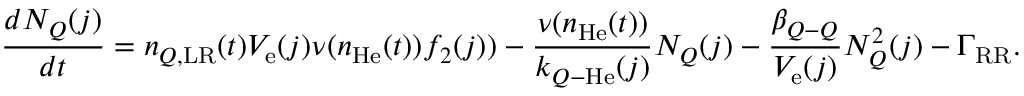
\frac { d N _ { Q } ( j ) } { d t } = n _ { Q , \mathrm { L R } } ( t ) V _ { \mathrm { e } } ( j ) \nu ( n _ { \mathrm { H e } } ( t ) ) f _ { 2 } ( j ) ) - \frac { \nu ( n _ { \mathrm { H e } } ( t ) ) } { k _ { Q \mathrm { - } \mathrm { H e } } ( j ) } N _ { Q } ( j ) - \frac { \beta _ { Q \mathrm { - } Q } } { V _ { \mathrm { e } } ( j ) } N _ { Q } ^ { 2 } ( j ) - \Gamma _ { \mathrm { R R } } .